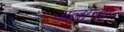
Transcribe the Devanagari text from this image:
जलाना।